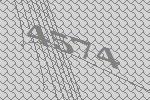
4574